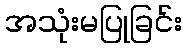
အသုံးမပြုခြင်း